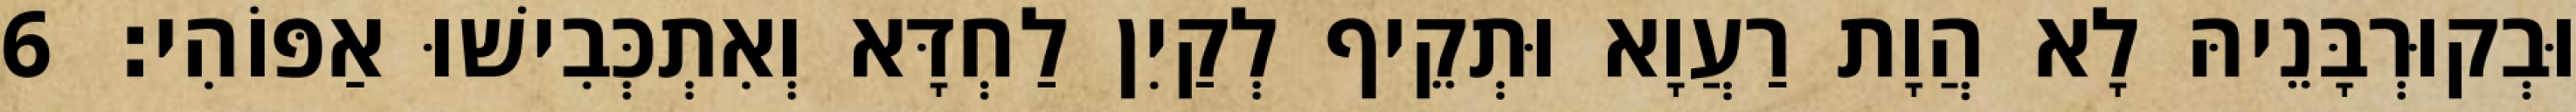
וּבְקוּרְבָּנֵיהּ לָא הֲוָת רַעֲוָא וּתְקֵיף לְקַיִן לַחְדָּא וְאִתְכְּבִישׁוּ אַפּוֹהִי׃ 6